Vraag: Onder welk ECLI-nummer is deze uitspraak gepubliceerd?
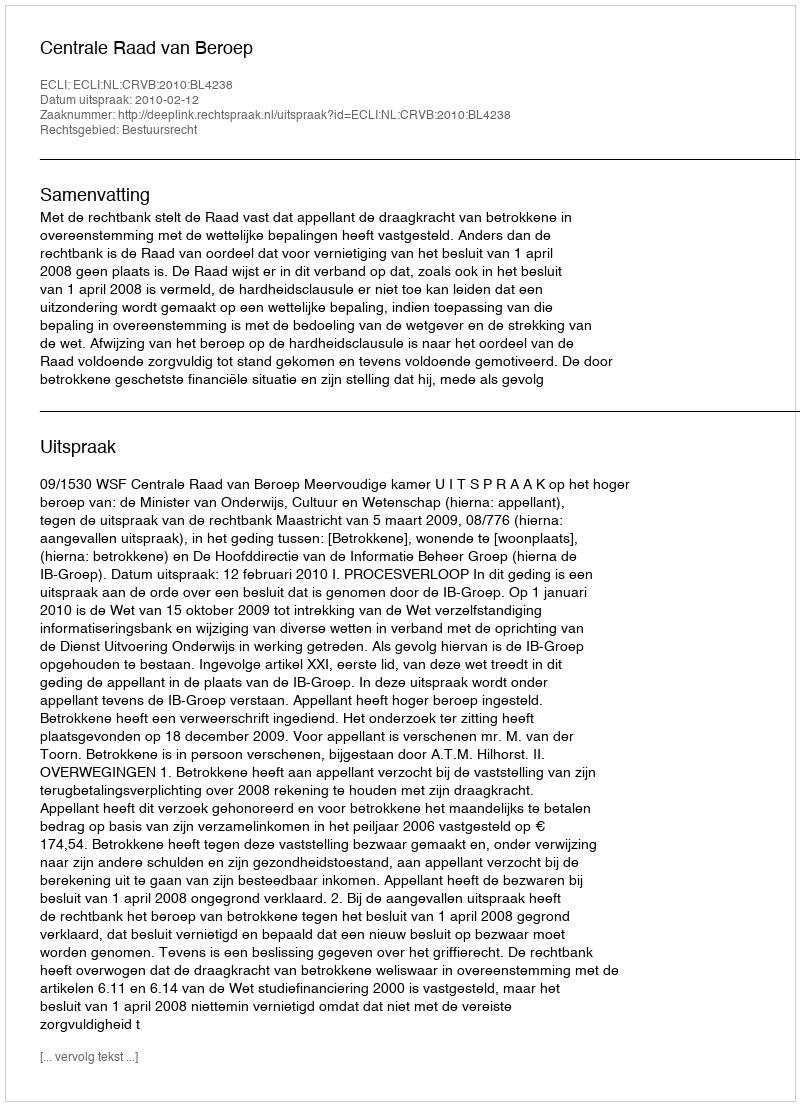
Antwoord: ECLI:NL:CRVB:2010:BL4238